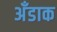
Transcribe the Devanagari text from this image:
अँडाक